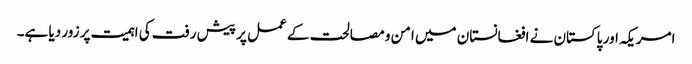
امریکہ اور پاکستان نے افغانستان میں امن و مصالحت کے عمل پر پیش رفت کی اہمیت پر زور دیا ہے۔